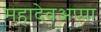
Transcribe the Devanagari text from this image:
महादेवअप्पा